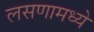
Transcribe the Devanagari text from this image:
लसणामध्ये